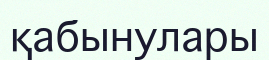
қабынулары